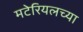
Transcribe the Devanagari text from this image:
मटेरियलच्या